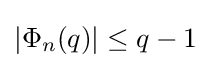
|\Phi _{n}(q)|\leq q-1